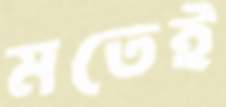
মতেই